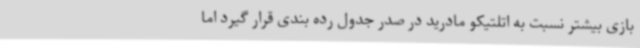
بازی بیشتر نسبت به اتلتیکو مادرید در صدر جدول رده بندی قرار گیرد اما